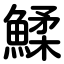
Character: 鰇